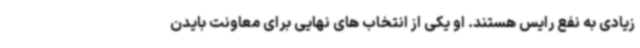
زیادی به نفع رایس هستند. او یکی از انتخاب های نهایی برای معاونت بایدن